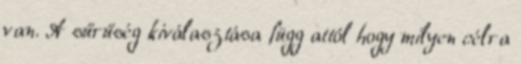
van. A sűrűség kiválasztása függ attól hogy milyen célra